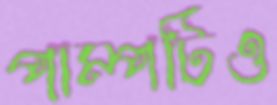
পাম্পটিও